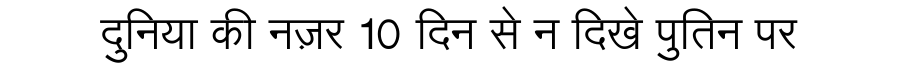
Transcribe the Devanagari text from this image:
दुनिया की नज़र 10 दिन से न दिखे पुतिन पर